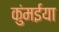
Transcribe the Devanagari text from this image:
कुंमईया